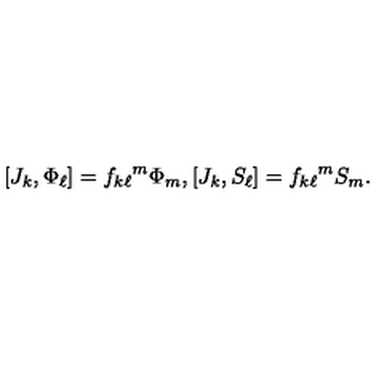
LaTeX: [ J _ { k } , \Phi _ { \ell } ] = { f _ { k \ell } } ^ { m } \Phi _ { m } , [ J _ { k } , S _ { \ell } ] = { f _ { k \ell } } ^ { m } S _ { m } .